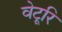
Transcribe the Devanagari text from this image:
वेटूरि